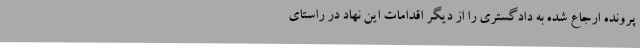
پرونده ارجاع شده به دادگستری را از دیگر اقدامات این نهاد در راستای